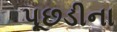
પૂછડીના